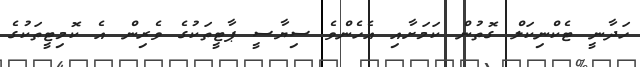
ހަދާނީ ޓެކްނިކަލް ގޮތުން ކަމަށާއި އެހެންވެ ސިޔާސީ ޕާޓީތަކުގެ ވެރިން އެ ކޮމިޓީތަކުގެ